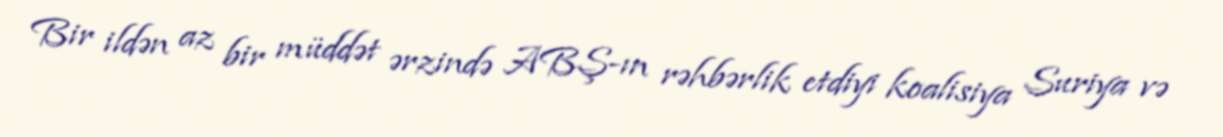
Bir ildən az bir müddət ərzində ABŞ-ın rəhbərlik etdiyi koalisiya Suriya və